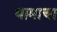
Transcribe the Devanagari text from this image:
घामाचा